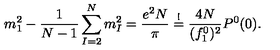
m _ { 1 } ^ { 2 } - \frac { 1 } { N - 1 } \sum _ { I = 2 } ^ { N } m _ { I } ^ { 2 } = \frac { e ^ { 2 } N } { \pi } \stackrel { ! } { = } \frac { 4 N } { ( f _ { 1 } ^ { 0 } ) ^ { 2 } } P ^ { 0 } ( 0 ) .